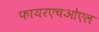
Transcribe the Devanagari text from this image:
फायरएचओएल